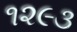
૧૨૯૩